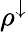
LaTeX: \rho^{\downarrow}